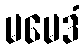
မမေဒံ